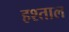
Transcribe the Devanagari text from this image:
हश्ताल